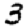
Digit: 3